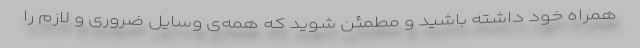
همراه خود داشته باشید و مطمئن شوید که همه‌ی وسایل ضروری و لازم را